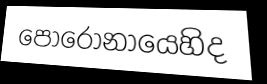
පොරෝනායෙහිද